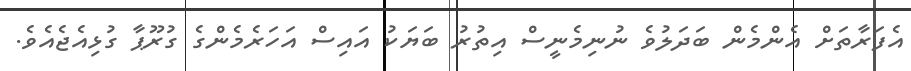
އެފަރާތަށް އެންމެން ބަދަލުވެ ނުނިމެނީސް އިތުރު ބަޔަކު އައިސް އަހަރެމެންގެ ގުރޫޕާ ގުޅިއެޖެއެވެ.